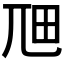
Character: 𭕎